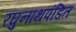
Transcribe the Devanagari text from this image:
रघुनाथपंडित